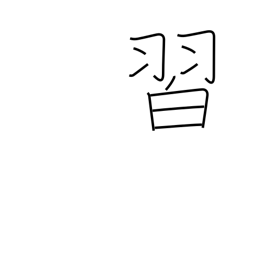
Meaning: learn